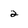
Character: 2